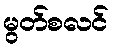
မွတ်စလင်